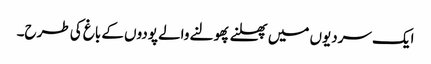
ایک سردیوں میں پھلنے پھولنے والے پودوں کے باغ کی طرح۔